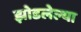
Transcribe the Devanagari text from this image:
झोडलेल्या